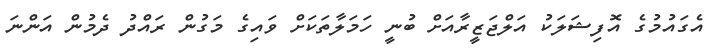
އެގައުމުގެ އޮފިޝަލަކު އަލްޖަޒީރާއަށް ބުނީ ހަމަލާތަކަށް ވައިގެ މަގުން ރައްދު ދެމުން އަންނަ